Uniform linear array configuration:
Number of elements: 64
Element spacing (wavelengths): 0.25
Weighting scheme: binomial
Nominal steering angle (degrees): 15
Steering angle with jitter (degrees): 15.415
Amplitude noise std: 0.05
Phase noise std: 0.05

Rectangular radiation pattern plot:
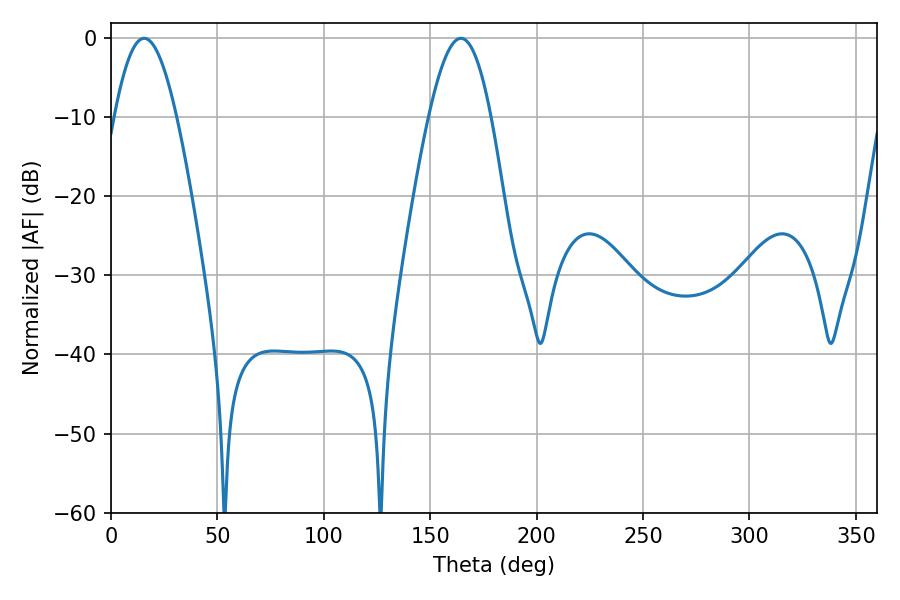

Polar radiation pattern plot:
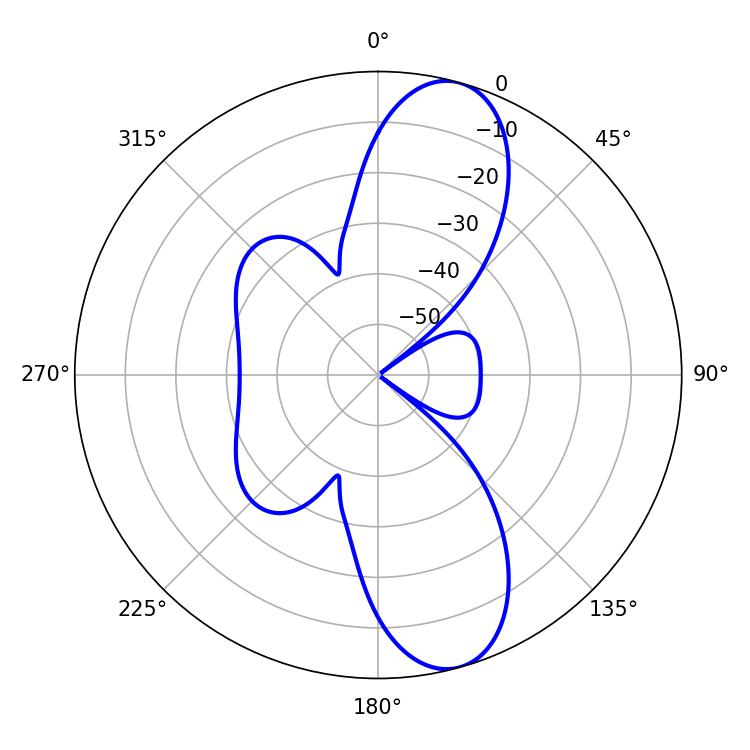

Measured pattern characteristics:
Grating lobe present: FALSE
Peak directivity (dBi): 10.957
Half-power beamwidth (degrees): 15.66
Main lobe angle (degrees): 15.66